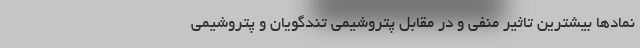
نمادها بیشترین تاثیر منفی و در مقابل پتروشیمی تندگویان و پتروشیمی